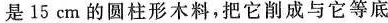
是 15 cm 的圆柱形木料，把它削成与它等底